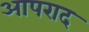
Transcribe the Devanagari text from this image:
आपराद